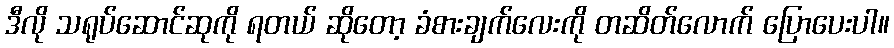
ဒီလို သရုပ်ဆောင်ဆုကို ရတယ် ဆိုတော့ ခံစားချက်လေးကို တဆိတ်လောက် ပြောပေးပါ။